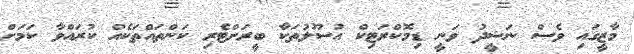
މާޒީގައި ވެސް ނަޝީދު ވަނީ ޑިމޮކްރަޓިކް އުސޫލުތަކާ ބީރަށްޓެރި ކަންތައްތަކެއް ކުރައްވާ ކަމަށް